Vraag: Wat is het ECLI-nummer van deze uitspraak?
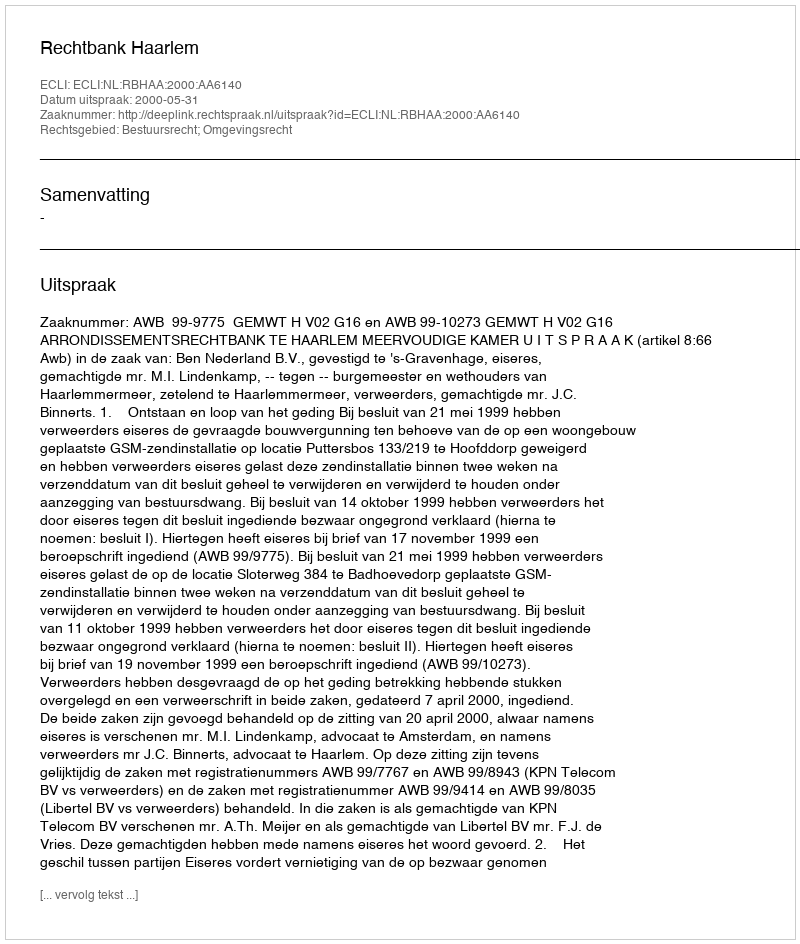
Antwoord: ECLI:NL:RBHAA:2000:AA6140